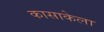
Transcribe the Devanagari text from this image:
कासाकेला